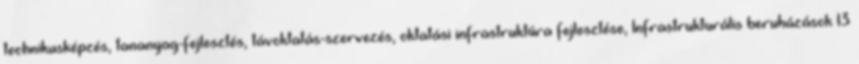
technikusképzés, tananyag-fejlesztés, távoktatás-szervezés, oktatási infrastruktúra fejlesztése, Infrastrukturális beruházások 13